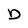
Character: D